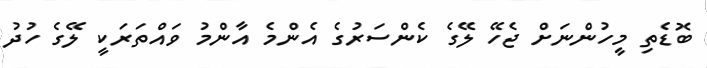
ބޮޑެތި މީހުންނަށް ޖެހޭ ލޭގެ ކެންސަރުގެ އެންމެ އާންމު ވައްތަރަކީ ލޭގެ ހުދު